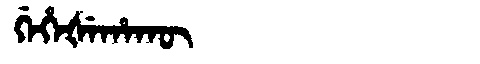
Manchu: ᡤᡝᡥᡝᡧᡝᡥᠠᡴᡡ
Romanization: GEHEŠEHAKŪ